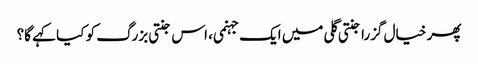
پھر خیال گزرا جنتی گلی میں ایک جہنمی، اس جنتی بزرگ کو کیا کہے گا؟